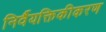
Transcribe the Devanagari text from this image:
निर्वैयक्तिकीकरण